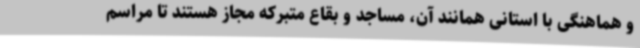
و هماهنگی با استانی همانند آن، مساجد و بقاع متبرکه مجاز هستند تا مراسم